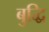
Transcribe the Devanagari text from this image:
बुद्धि